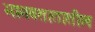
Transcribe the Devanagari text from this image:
भागवतातातील